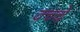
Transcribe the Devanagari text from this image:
क्च्चे